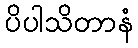
ပိပါသိတာနံ